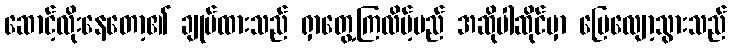
ဆောင့်လိုးနေတော့၏ ချုပ်ထားသည် ရှာတွေ့ကြလိမ့်မည် အဆိုပါဆိုင်မှာ ပြေလျော့သွားသည်